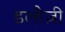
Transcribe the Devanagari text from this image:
डल्हैज़ी